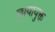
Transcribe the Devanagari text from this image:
छायायुक्त